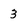
Character: 3